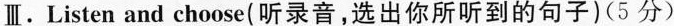
Ⅲ.Listen and choose(听录音,选出你所听到的句子)(5 分)